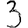
Digit: 3